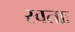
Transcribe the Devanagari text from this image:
स्वताः